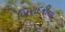
બિરાદરીના